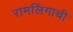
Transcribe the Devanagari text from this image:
रामलिंगाची